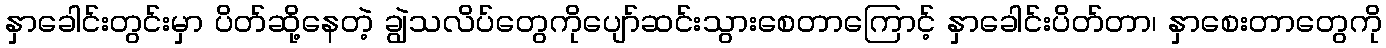
နှာခေါင်းတွင်းမှာ ပိတ်ဆို့နေတဲ့ ချွဲသလိပ်တွေကိုပျော်ဆင်းသွားစေတာကြောင့် နှာခေါင်းပိတ်တာ၊ နှာစေးတာတွေကို